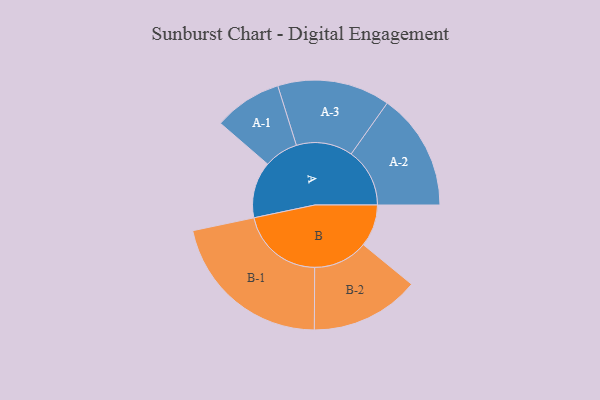
{"axis": {"x": "Segment", "y": "Value"}, "legend": ["", "A", "B"], "data": [{"x": "A", "y": 182, "type": ""}, {"x": "B", "y": 136, "type": ""}, {"x": "A-1", "y": 110, "type": "A"}, {"x": "A-2", "y": 189, "type": "A"}, {"x": "A-3", "y": 182, "type": "A"}, {"x": "B-1", "y": 269, "type": "B"}, {"x": "B-2", "y": 176, "type": "B"}]}